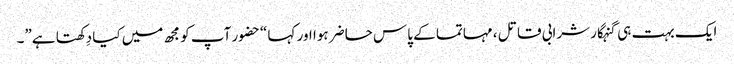
ایک بہت ہی گنہگار شرابی قاتل ، مہاتما کے پاس حاضر ہوا اور کہا “حضور آپ کو مجھ میں کیا دِکھتا ہے”۔